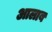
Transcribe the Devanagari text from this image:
आलाब